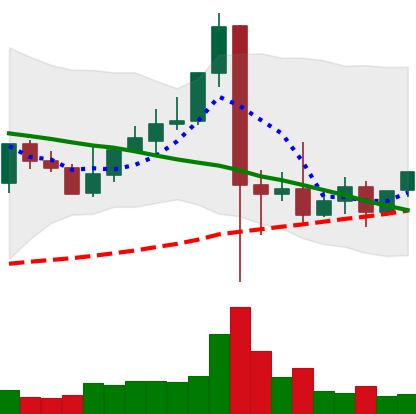
Ticker: XLM-USD
Chart end date: 2021-09-15
Forward return: -17.731%
Label: down_7plus